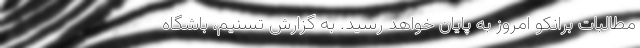
مطالبات برانکو امروز به پایان خواهد رسید. به گزارش تسنیم، باشگاه